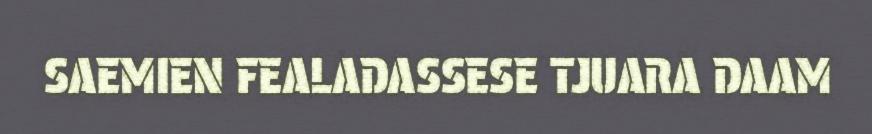
SAEMIEN FEALADASSESE TJUARA DAAM